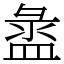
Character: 盝